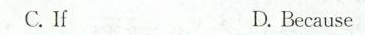
C.If D. Because